Annual administration report of the Civil Veterinary Department of India - 1894-1895
Year: 1894
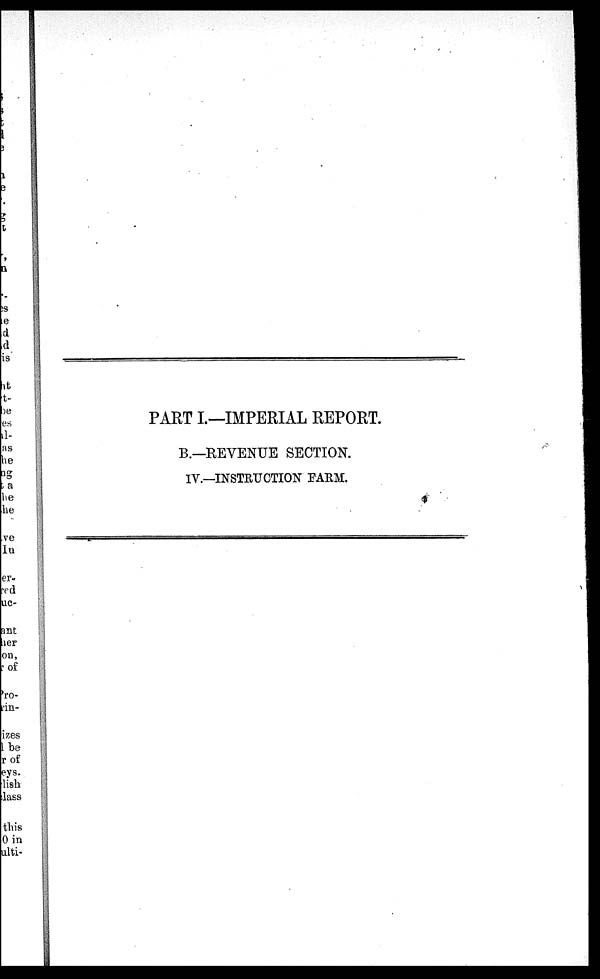
PART I.—IMPERIAL REPORT.
B.—REVENUE SECTION.
IV.—INSTRUCTION FARM.